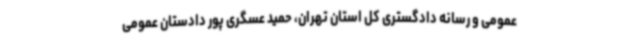
عمومی و رسانه دادگستری کل استان تهران، حمید عسگری پور دادستان عمومی